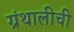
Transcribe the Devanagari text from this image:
ग्रंथालीची